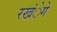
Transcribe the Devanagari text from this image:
रखंेगे